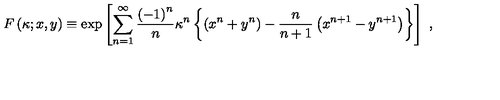
F \left( \kappa ; x , y \right) \equiv \exp \left[ \sum _ { n = 1 } ^ { \infty } { \frac { \left( - 1 \right) ^ { n } } { n } } \kappa ^ { n } \left\{ \left( x ^ { n } + y ^ { n } \right) - { \frac { n } { n + 1 } } \left( x ^ { n + 1 } - y ^ { n + 1 } \right) \right\} \right] \ ,